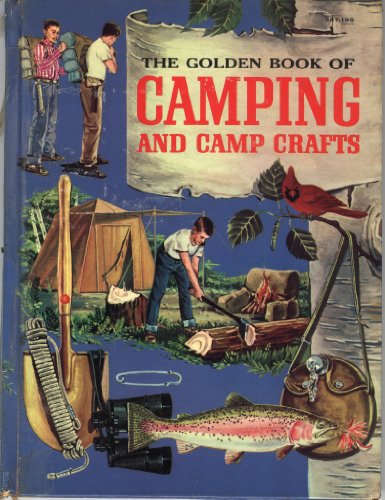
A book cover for The Golden Book of Camping and Camp Crafts: Tents and tarpaulins, packs and sleeping bags, building a camp, firemaking and outdoor cooking, canoe trips, hikes, and Indian camping; Gordon Lynn; Cookbooks, Food & Wine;